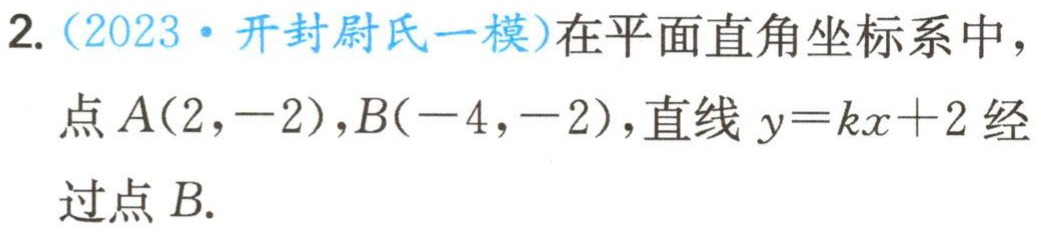
2.（2023·开封尉氏一模）在平面直角坐标系中，点\(A(2,-2)\)，\(B(-4,-2)\)，直线\(y = kx + 2\)经过点\(B\).